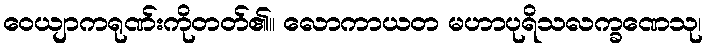
ဝေယျာကရုဏ်းကိုတတ်၏။ လောကာယတ မဟာပုရိသလက္ခဏေသု၊